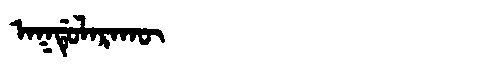
Manchu: ᠠᡴᡩᡠᠯᠠᡵᠠᡴᡡ
Romanization: AKDULARAKŪ